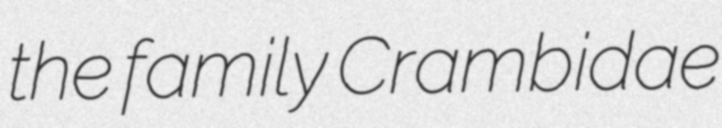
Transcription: the family Crambidae